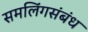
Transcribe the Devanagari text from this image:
समलिंगसंबंध